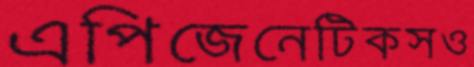
এপিজেনেটিকসও